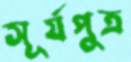
সূর্যপুত্র